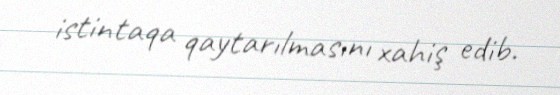
istintaqa qaytarılmasını xahiş edib.